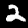
Label: 2